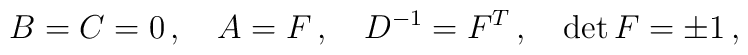
B=C=0\,,\quad A=F\,,\quad D^{-1}=F^T\,,\quad \det  F=\pm1\,,